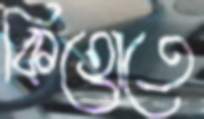
কিহোতে